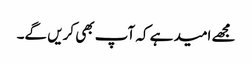
مجھے امید ہے کہ آپ بھی کریں گے۔